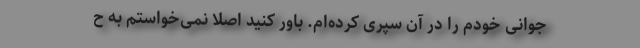
جوانی خودم را در آن سپری کرده‌ام. باور کنید اصلاً نمی‌خواستم به ح